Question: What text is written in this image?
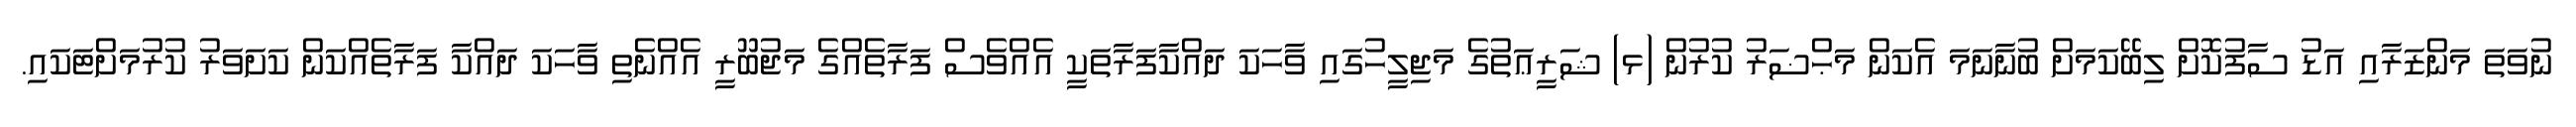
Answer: ނުވަތަ މަންޒަރާއި އަޑު ސާފުކޮށް ލިބޭކަމަށް ބުނާނަމަ އެކަން މަޙްޟަރު ކުރުން (ޅ) ޝަރީޢަތުގެ މަޖިލީހުގައި ވާހަކަ ދައްކާފަރާތަކީ އެއްވެސް ފަރާތެއްގެ މަޖުބޫރީ އެއްނެތި ވާހަކަ ދައްކާ ފަރާތެއްކަން ކަށަވަރު ކުރުމަށްޓަކައި.